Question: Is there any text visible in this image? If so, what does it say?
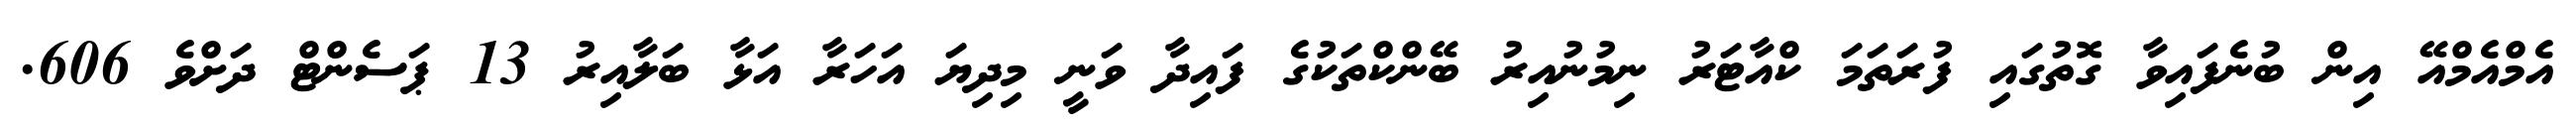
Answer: އެމްއެމްއޭ އިން ބުނެފައިވާ ގޮތުގައި ފުރަތަމަ ކްއާޓަރު ނިމުނުއިރު ބޭންކްތަކުގެ ފައިދާ ވަނީ މިދިޔަ އަހަރާ އަޅާ ބަލާއިރު 13 ޕަސެންޓް ދަށްވެ 606.